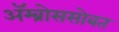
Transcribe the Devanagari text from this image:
ॲम्ब्रोससोबत